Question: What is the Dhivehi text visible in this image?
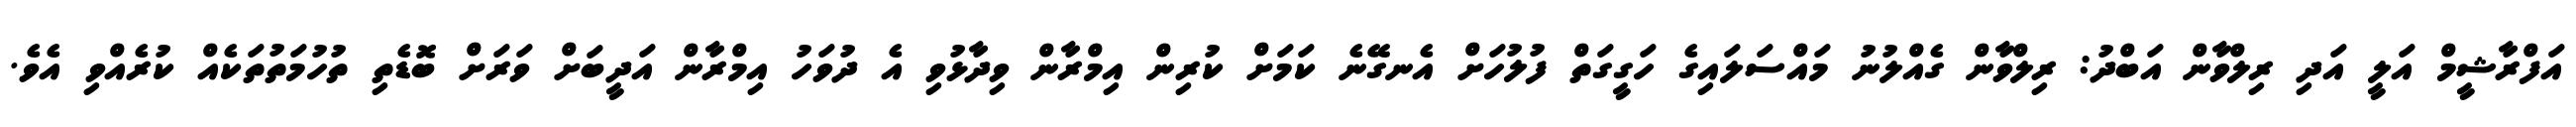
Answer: އަފްރާޝީމް އަލީ އަދި ރިލްވާން އަބްދު: ރިލްވާން ގެއްލުނު މައްސަލައިގެ ހަގީގަތް ފުލުހަށް އެނގޭނެ ކަމަށް ކުރިން އިމްރާން ވިދާޅުވި އެ ދުވަހު އިމްރާން އަދީބަށް ވަރަށް ބޮޑެތި ތުހުމަތުތަކެއް ކުރެއްވި އެވެ.